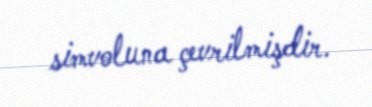
simvoluna çevrilmişdir.